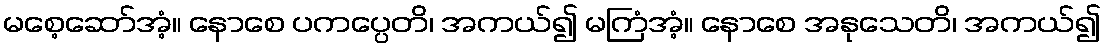
မစေ့ဆော်အံ့။ နောစေ ပကပ္ပေတိ၊ အကယ်၍ မကြံအံ့။ နောစေ အနုသေတိ၊ အကယ်၍